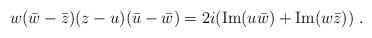
LaTeX: \begin{align*}w(\bar{w}-\bar{z})(z-u)(\bar{u}-\bar{w})=2i(\mathrm{Im}(u\bar{w})+\mathrm{Im}(w\bar{z}))\ .\end{align*}